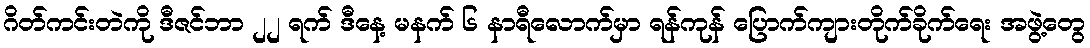
ဂိတ်ကင်းတဲကို ဒီဇင်ဘာ ၂၂ ရက် ဒီနေ့ မနက် ၆ နာရီလောက်မှာ ရန်ကုန် ပြောက်ကျားတိုက်ခိုက်ရေး အဖွဲ့တွေ